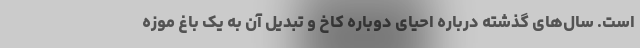
است. سال‌های گذشته درباره احیای دوباره کاخ و تبدیل آن به یک باغ موزه